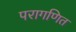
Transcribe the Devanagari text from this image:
परागणित